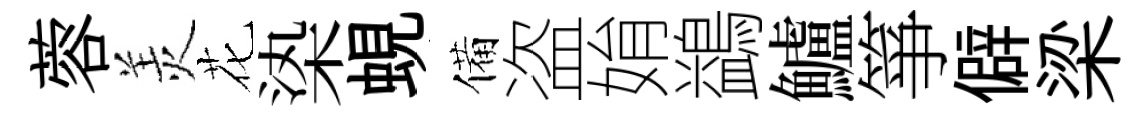
蓉羙花𣑱蜆備盗姢鷁鱸箏僻梁